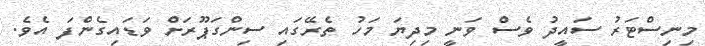
މިނިސްޓަރު ސައީދު ވެސް ވަނީ މިދިޔަ މަހު ތެރޭގައި ސިންގަޕޫރަށް ވަޑައިގެންފަ އެވެ.